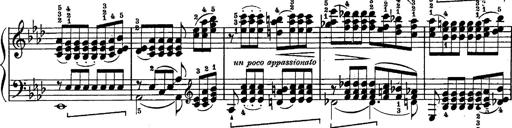
Title: Schubert's Impromptus [revised and edited by Franz Liszt]
Composer: Franz Liszt